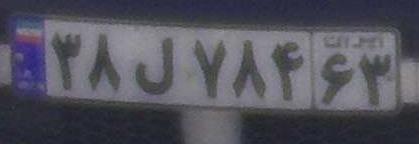
۳۸ل۷۸۴۶۳